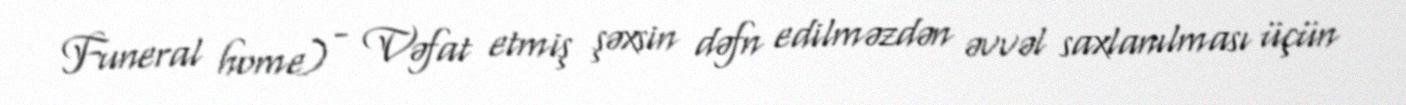
Funeral home) - Vəfat etmiş şəxsin dəfn edilməzdən əvvəl saxlanılması üçün